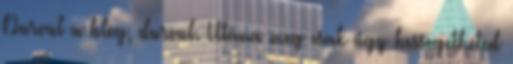
Durvul a blog, durvul. Utána meg csak úgy hessegetheted